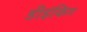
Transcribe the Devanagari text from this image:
डीइंकिंग